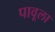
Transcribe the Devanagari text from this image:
पावूला